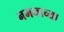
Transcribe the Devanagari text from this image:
नमनाच्या